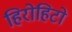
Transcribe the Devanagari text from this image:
हिरोहिटो